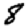
Digit: 8